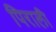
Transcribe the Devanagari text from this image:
पिराली